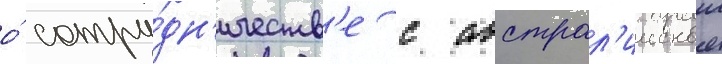
о́ сотру́дн'ичеств'е с австрал'иискои